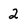
Character: 2